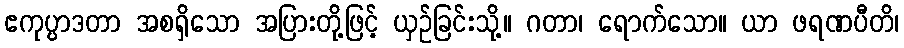
ဧကုပ္ပာဒတာ အစရှိသော အပြားတို့ဖြင့် ယှဉ်ခြင်းသို့။ ဂတာ၊ ရောက်သော။ ယာ ဖရဏပီတိ၊